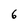
Character: 6